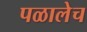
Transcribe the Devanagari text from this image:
पळालेच